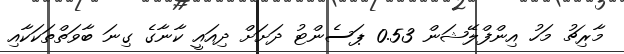
މާރިޗު މަހު އިންފްލޭޝަން 0.53 ޕަސެންޓު ދަށަށް ދިއައީ ކާނާގެ ގިނަ ބާވަތްތަކަކާއި